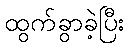
ထွက်ခွာခဲ့ပြီး